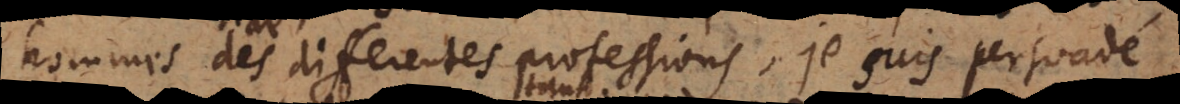
hommes de differentes professions, je suis persuadé